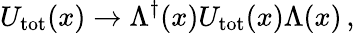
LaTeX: U_{\mathrm{tot}}(x)\to\Lambda^{\dagger}(x)U_{\mathrm{tot}}(x)\Lambda(x)\, ,